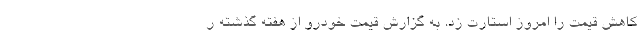
کاهش قیمت را امروز استارت زد. به گزارش قیمت خودرو از هفته گذشته ر